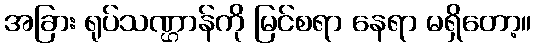
အခြား ရုပ်သဏ္ဌာန်ကို မြင်စရာ နေရာ မရှိတော့။